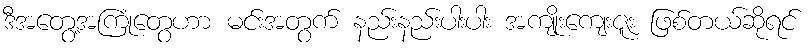
ဒီအတွေ့အကြုံတွေဟာ မင်းအတွက် နည်းနည်းပါးပါး အကျိုးကျေးဇူး ဖြစ်တယ်ဆိုရင်